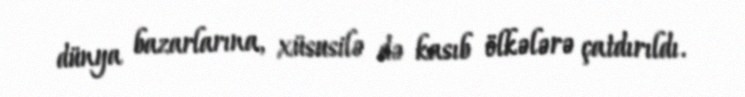
dünya bazarlarına, xüsusilə də kasıb ölkələrə çatdırıldı.